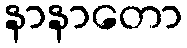
နာနာတော